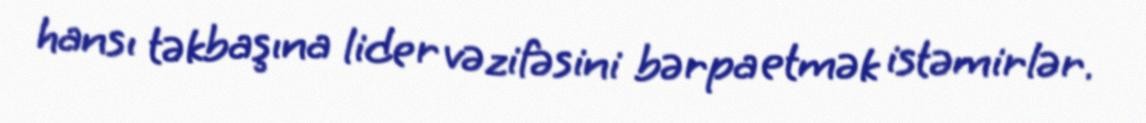
hansı təkbaşına lider vəzifəsini bərpa etmək istəmirlər.